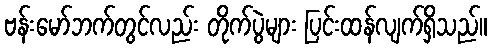
ဗန်းမော်ဘက်တွင်လည်း တိုက်ပွဲများ ပြင်းထန်လျက်ရှိသည်။